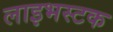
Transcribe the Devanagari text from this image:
लाइभस्टक